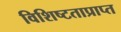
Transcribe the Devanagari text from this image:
विशिष्टताप्राप्त